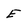
Character: E